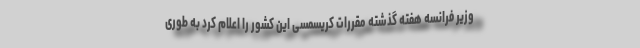
وزیر فرانسه هفته گذشته مقررات کریسمسی این کشور را اعلام کرد به طوری